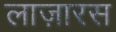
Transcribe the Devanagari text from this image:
लाज़ारस